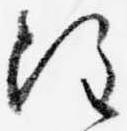
注